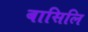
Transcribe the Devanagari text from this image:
बासिलि